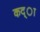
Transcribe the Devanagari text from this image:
कद्ा